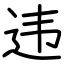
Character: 违